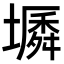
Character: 𡑬